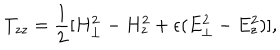
T _ { z z } = { \frac { 1 } { 2 } } [ H _ { \perp } ^ { 2 } - H _ { z } ^ { 2 } + \epsilon ( E _ { \perp } ^ { 2 } - E _ { z } ^ { 2 } ) ] ,